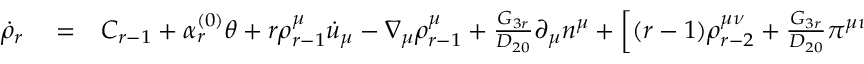
\begin{array} { r l r } { \dot { \rho } _ { r } } & { { } = } & { C _ { r - 1 } + \alpha _ { r } ^ { ( 0 ) } \theta + r \rho _ { r - 1 } ^ { \mu } \dot { u } _ { \mu } - \nabla _ { \mu } \rho _ { r - 1 } ^ { \mu } + \frac { G _ { 3 r } } { D _ { 2 0 } } \partial _ { \mu } n ^ { \mu } + \left[ ( r - 1 ) \rho _ { r - 2 } ^ { \mu \nu } + \frac { G _ { 3 r } } { D _ { 2 0 } } \pi ^ { \mu \nu } \right] \sigma _ { \mu \nu } } \end{array}